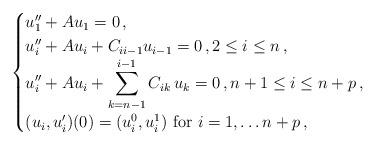
LaTeX: \begin{align*}\begin{cases}u_1^{\prime\prime} + A u_1 = 0 \,,\\u_i^{\prime\prime} + A u_i+ C_{i i-1}u_{i-1} = 0 \,, 2 \le i \le n \,, \\\displaystyle{u_{i}^{\prime\prime} + A u_{i}+ \sum_{k=n-1}^{i-1} C_{i k}\,u_k =0 \,, n+1 \le i \le n+p \,,}\\(u_i,u_i^{\prime})(0)=(u_i^0,u_i^1) \mbox{ for }i=1, \ldots n+p\,,\end{cases}\end{align*}